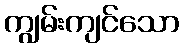
ကျွမ်းကျင်သော